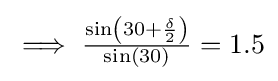
{\textstyle \implies {\frac {\sin \left(30+{\frac {\delta }{2}}\right)}{\sin(30)}}=1.5}